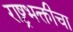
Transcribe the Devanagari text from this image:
राष्ट्रभक्तीचा